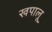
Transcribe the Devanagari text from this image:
खपालू